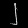
Digit: ၂